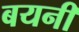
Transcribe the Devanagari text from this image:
बयनी